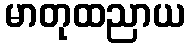
မာတုထညာယ